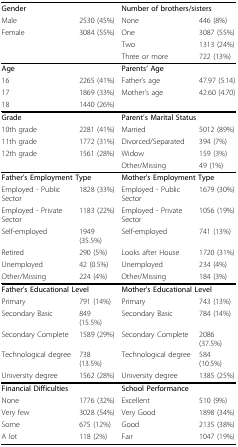
<table><thead><tr><td colspan="2"><b>Gender</b></td><td colspan="2"><b>Number of brothers/sisters</b></td></tr><tr><td><b>Male</b></td><td><b>2530 (45%)</b></td><td><b>None</b></td><td><b>446 (8%)</b></td></tr><tr><td><b>Female</b></td><td><b>3084 (55%)</b></td><td><b>One</b></td><td><b>3087 (55%)</b></td></tr><tr><td></td><td></td><td><b>Two</b></td><td><b>1313 (24%)</b></td></tr><tr><td></td><td></td><td><b>Three or more</b></td><td><b>722 (13%)</b></td></tr></thead><tbody><tr><td colspan="2"><b>Age</b></td><td colspan="2"><b>Parents&#x27; Age</b></td></tr><tr><td>16</td><td>2265 (41%)</td><td>Father&#x27;s age</td><td>47.97 (5.14)</td></tr><tr><td>17</td><td>1869 (33%)</td><td>Mother&#x27;s age</td><td>42.60 (4.70)</td></tr><tr><td>18</td><td>1440 (26%)</td><td></td><td></td></tr><tr><td colspan="2"><b>Grade</b></td><td colspan="2"><b>Parent&#x27;s Marital Status</b></td></tr><tr><td>10th grade</td><td>2281 (41%)</td><td>Married</td><td>5012 (89%)</td></tr><tr><td>11th grade</td><td>1772 (31%)</td><td>Divorced/Separated</td><td>394 (7%)</td></tr><tr><td>12th grade</td><td>1561 (28%)</td><td>Widow</td><td>159 (3%)</td></tr><tr><td></td><td></td><td>Other/Missing</td><td>49 (1%)</td></tr><tr><td colspan="2"><b>Father&#x27;s Employment Type</b></td><td colspan="2"><b>Mother&#x27;s Employment Type</b></td></tr><tr><td>Employed - Public Sector</td><td>1828 (33%)</td><td>Employed - Public Sector</td><td>1679 (30%)</td></tr><tr><td>Employed - Private Sector</td><td>1183 (22%)</td><td>Employed - Private Sector</td><td>1056 (19%)</td></tr><tr><td>Self-employed</td><td>1949 (35.5%)</td><td>Self-employed</td><td>741 (13%)</td></tr><tr><td>Retired</td><td>290 (5%)</td><td>Looks after House</td><td>1720 (31%)</td></tr><tr><td>Unemployed</td><td>42 (0.5%)</td><td>Unemployed</td><td>234 (4%)</td></tr><tr><td>Other/Missing</td><td>224 (4%)</td><td>Other/Missing</td><td>184 (3%)</td></tr><tr><td colspan="2"><b>Father&#x27;s Educational Level</b></td><td colspan="2"><b>Mother&#x27;s Educational Level</b></td></tr><tr><td>Primary</td><td>791 (14%)</td><td>Primary</td><td>743 (13%)</td></tr><tr><td>Secondary Basic</td><td>849 (15.5%)</td><td>Secondary Basic</td><td>784 (14%)</td></tr><tr><td>Secondary Complete</td><td>1589 (29%)</td><td>Secondary Complete</td><td>2086 (37.5%)</td></tr><tr><td>Technological degree</td><td>738 (13.5%)</td><td>Technological degree</td><td>584 (10.5%)</td></tr><tr><td>University degree</td><td>1562 (28%)</td><td>University degree</td><td>1385 (25%)</td></tr><tr><td colspan="2"><b>Financial Difficulties</b></td><td colspan="2"><b>School Performance</b></td></tr><tr><td>None</td><td>1776 (32%)</td><td>Excellent</td><td>510 (9%)</td></tr><tr><td>Very few</td><td>3028 (54%)</td><td>Very Good</td><td>1898 (34%)</td></tr><tr><td>Some</td><td>675 (12%)</td><td>Good</td><td>2135 (38%)</td></tr><tr><td>A lot</td><td>118 (2%)</td><td>Fair</td><td>1047 (19%)</td></tr></tbody></table>